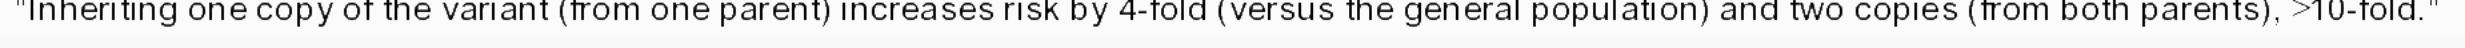
"Inheriting one copy of the variant (from one parent) increases risk by 4-fold (versus the general population) and two copies (from both parents), >10-fold."